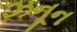
ઝનૂન